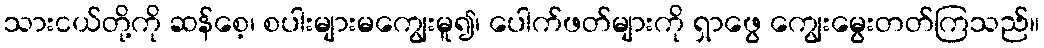
သားငယ်တို့ကို ဆန်စေ့၊ စပါးများမကျွေးမူ၍၊ ပေါက်ဖတ်များကို ရှာဖွေ ကျွေးမွေးတတ်ကြသည်။